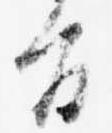
旨